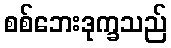
စစ်ဘေးဒုက္ခသည်